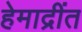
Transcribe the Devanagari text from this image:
हेमाद्रींत